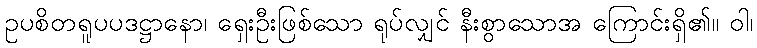
ဥပစိတရူပပဒဋ္ဌာနော၊ ရှေးဦးဖြစ်သော ရုပ်လျှင် နီးစွာသောအ ကြောင်းရှိ၏။ ဝါ၊